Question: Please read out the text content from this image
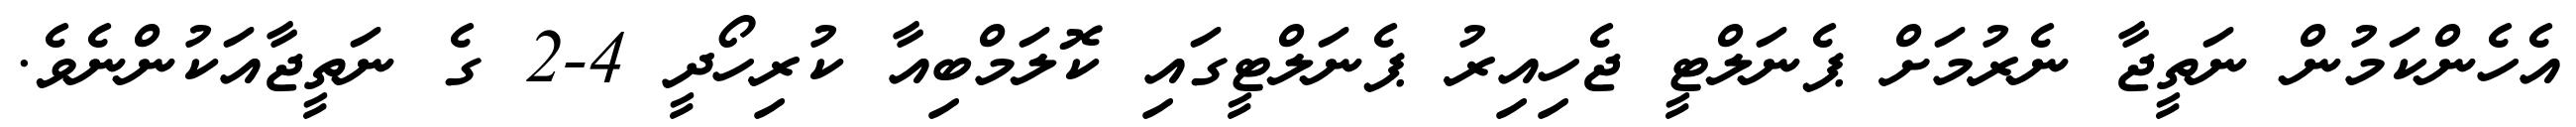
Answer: އެހެންކަމުން ނަތީޖާ ނެރުމަށް ޕެނަލްޓީ ޖެހިއިރު ޕެނަލްޓީގައި ކޮލަމްބިއާ ކުރިހޯދީ 4-2 ގެ ނަތީޖާއަކުންނެވެ.